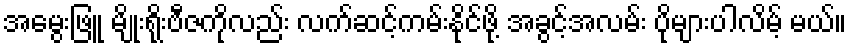
အမွေးဖြူ မျိုးရိုးဗီဇကိုလည်း လက်ဆင့်ကမ်းနိုင်ဖို့ အခွင့်အလမ်း ပိုများပါလိမ့် မယ်။